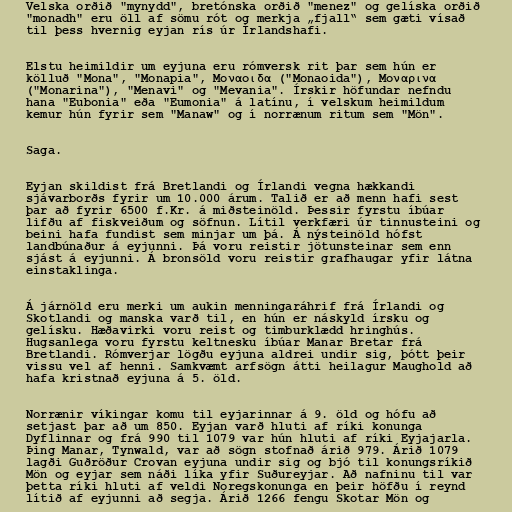
Velska orðið "mynydd", bretónska orðið "menez" og gelíska orðið
"monadh" eru öll af sömu rót og merkja „fjall“ sem gæti vísað
til þess hvernig eyjan rís úr Írlandshafi.

Elstu heimildir um eyjuna eru rómversk rit þar sem hún er
kölluð "Mona", "Monapia", Mοναοιδα ("Monaoida"), Mοναρινα
("Monarina"), "Menavi" og "Mevania". Írskir höfundar nefndu
hana "Eubonia" eða "Eumonia" á latínu, í velskum heimildum
kemur hún fyrir sem "Manaw" og í norrænum ritum sem "Mön".

Saga.

Eyjan skildist frá Bretlandi og Írlandi vegna hækkandi
sjávarborðs fyrir um 10.000 árum. Talið er að menn hafi sest
þar að fyrir 6500 f.Kr. á miðsteinöld. Þessir fyrstu íbúar
lifðu af fiskveiðum og söfnun. Lítil verkfæri úr tinnusteini og
beini hafa fundist sem minjar um þá. Á nýsteinöld hófst
landbúnaður á eyjunni. Þá voru reistir jötunsteinar sem enn
sjást á eyjunni. Á bronsöld voru reistir grafhaugar yfir látna
einstaklinga.

Á járnöld eru merki um aukin menningaráhrif frá Írlandi og
Skotlandi og manska varð til, en hún er náskyld írsku og
gelísku. Hæðavirki voru reist og timburklædd hringhús.
Hugsanlega voru fyrstu keltnesku íbúar Manar Bretar frá
Bretlandi. Rómverjar lögðu eyjuna aldrei undir sig, þótt þeir
vissu vel af henni. Samkvæmt arfsögn átti heilagur Maughold að
hafa kristnað eyjuna á 5. öld.

Norrænir víkingar komu til eyjarinnar á 9. öld og hófu að
setjast þar að um 850. Eyjan varð hluti af ríki konunga
Dyflinnar og frá 990 til 1079 var hún hluti af ríki Eyjajarla.
Þing Manar, Tynwald, var að sögn stofnað árið 979. Árið 1079
lagði Guðröður Crovan eyjuna undir sig og bjó til konungsríkið
Mön og eyjar sem náði líka yfir Suðureyjar. Að nafninu til var
þetta ríki hluti af veldi Noregskonunga en þeir höfðu í reynd
lítið af eyjunni að segja. Árið 1266 fengu Skotar Mön og